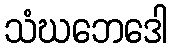
သံဃဘေဒေါ